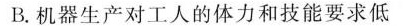
B.机器生产对工人的体力和技能要求低